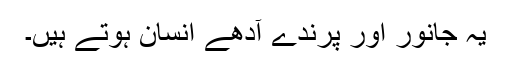
یہ جانور اور پرندے آدھے انسان ہوتے ہیں۔